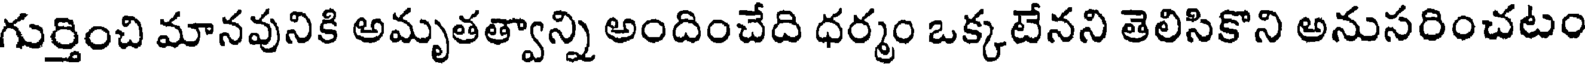
గుర్తించి మానవునికి అమృతత్వాన్ని అందించేది ధర్మం ఒక్కటేనని తెలిసికొని అనుసరించటం